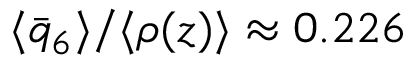
\langle \bar { q } _ { 6 } \rangle / \langle \rho ( z ) \rangle \approx 0 . 2 2 6